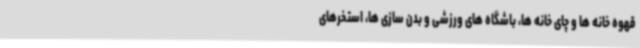
قهوه خانه ها و چای خانه ها، باشگاه های ورزشی و بدن سازی ها، استخرهای